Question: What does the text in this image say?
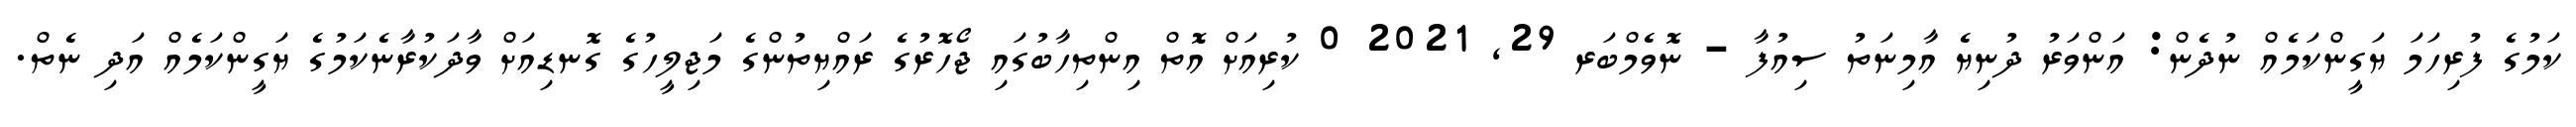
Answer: ކަމުގެ ފުރިހަމަ ޔަގީންކަމެއް ނުދެން: އަންވަރު ދުނިޔެ އާމިނަތު ސިއުފާ - ނޮވެމްބަރ 29, 2021 0 ކުރިއަށް އޮތް އިންތިހާބުގައި ޖޯހޮރުގެ ރައްޔިތުންގެ މަޖިލީހުގެ ގޮނޑިއަށް ވާދަކުރާނެކަމުގެ ޔަގީންކަމެއް އަދި ނެތް.